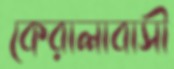
কেরালাবাসী